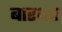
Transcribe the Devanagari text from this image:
बारथर